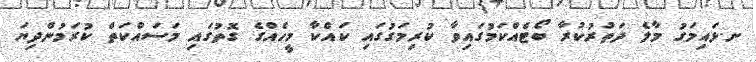
ށ.ޅައިމަގު މާލެ ދަތުރުކުރާ ބޯޓެއްކަމުގައިވާ ކުރިމަގުގައި ކައްކާ މީހެއްގެ ގޮތުގައި މަސައްކަތް ކުރަމުންދިޔަ